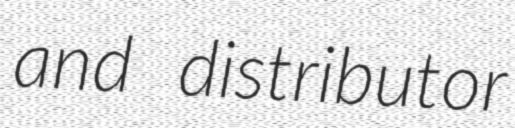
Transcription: and distributor